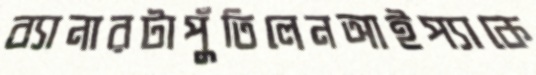
ব্যানারটাপুঁতিলেনআইপ্যাকে